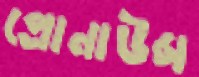
প্রোনাউন্স